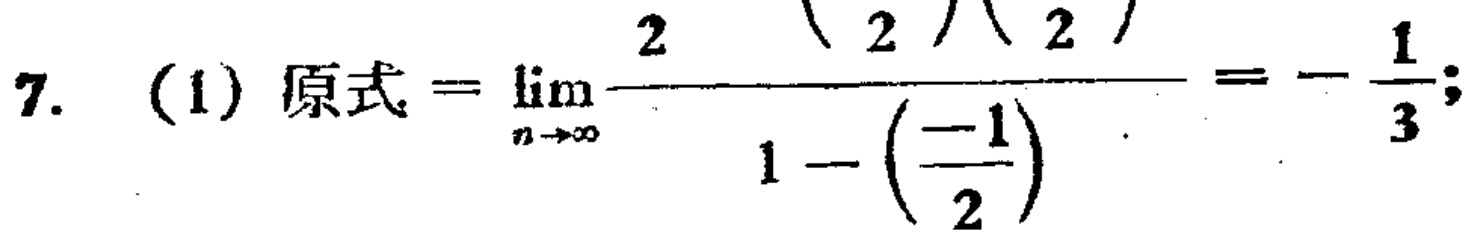
7. (1) 原式$=\lim_{n \to \infty}\frac{2}{1 - \left(\frac{-1}{2}\right)}=-\frac{1}{3};$